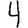
Digit: 4